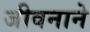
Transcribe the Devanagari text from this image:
जीवनाने